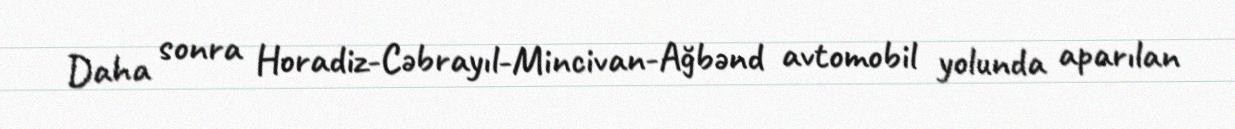
Daha sonra Horadiz-Cəbrayıl-Mincivan-Ağbənd avtomobil yolunda aparılan